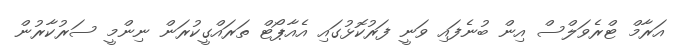
އަރާމް ޓްރެވަލްސް އިން ބުނެފައި ވަނީ ފަރުކޮޅުގައި އެއާޕޯޓް ތަރައްގީކުރަން ނިންމީ ސަރުކާރުން